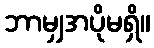
ဘာမျှအပိုမရှိ။